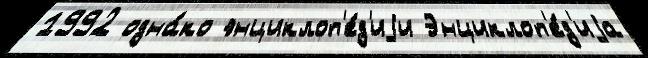
1992 одна́ко энциклоп'е́д'иjи Энциклоп'е́д'иjа